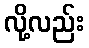
လို့လည်း